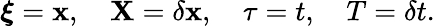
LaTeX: \boldsymbol{\xi}=\mathbf{x},\quad\mathbf{X}=\delta\mathbf{x},\quad\tau=t,\quad T=\delta t.